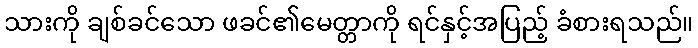
သားကို ချစ်ခင်သော ဖခင်၏မေတ္တာကို ရင်နှင့်အပြည့် ခံစားရသည်။